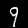
Label: 9